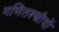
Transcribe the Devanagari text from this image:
गणितश्स्त्रीयों